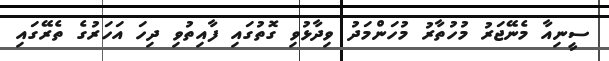
ސީނިއާ މެނޭޖަރު މުހުތާރު މުހަންމަދު ވިދާޅުވި ގޮތުގައި ފާއިތުވި ދިހަ އަހަރުގެ ތެރޭގައި